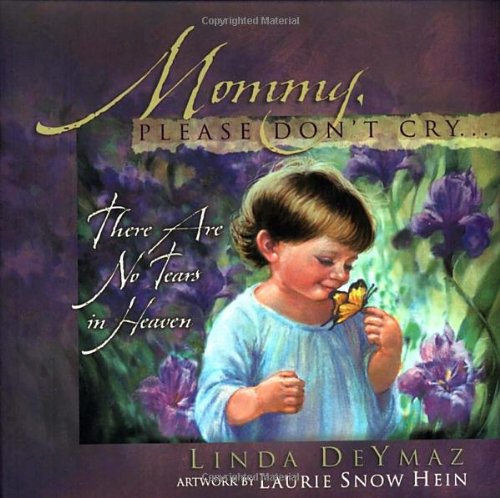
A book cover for Mommy, Please Don't Cry: There Are No Tears in Heaven; Linda Deymaz; Politics & Social Sciences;